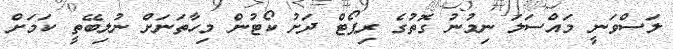
ލަސްވަނީ މައްސަލަ ނިމުނު ގޮތުގެ ރިޕޯޓް ދަށު ކޯޓުން މިހާތަނަށް ނުލިބޭތީ ކަމަށް